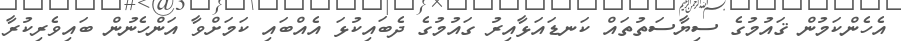
އެހެންކަމުން ޤައުމުގެ ސިޔާސަތުތައް ކަނޑައަޅާއިރު ގައުމުގެ ދެބައިކުޅަ އެއްބައި ކަމަށްވާ އަންހެނުން ބައިވެރިކުރާ